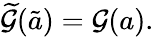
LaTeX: \widetilde{\cal G}(\tilde{a})={\cal G}(a).